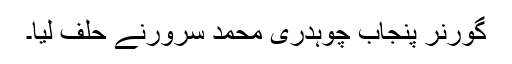
گورنر پنجاب چوہدری محمد سرورنے حلف لیا۔